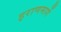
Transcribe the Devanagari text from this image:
इराणमार्गे